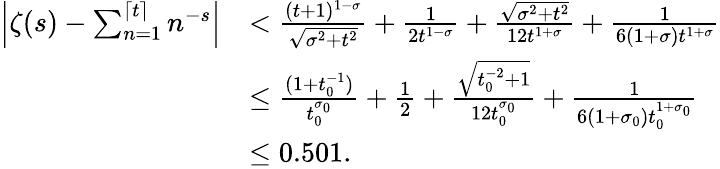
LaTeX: \begin{array}{rl}{\left|\zeta(s)-\sum_{n=1}^{\lceil t\rceil}n^{-s}\right|}&{<\frac{(t+1)^{1-\sigma}}{\sqrt{\sigma^{2}+t^{2}}}+\frac{1}{2t^{1-\sigma}}+\frac{\sqrt{\sigma^{2}+t^{2}}}{12t^{1+\sigma}}+\frac{1}{6(1+\sigma)t^{1+\sigma}}}\\ &{\le\frac{(1+t_{0}^{-1})}{t_{0}^{\sigma_{0}}}+\frac{1}{2}+\frac{\sqrt{t_{0}^{-2}+1}}{12t_{0}^{\sigma_{0}}}+\frac{1}{6(1+\sigma_{0})t_{0}^{1+\sigma_{0}}}}\\ &{\le 0.501.}\end{array}